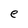
Character: e